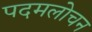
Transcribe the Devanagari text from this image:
पदमलोचन